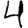
Digit: 4